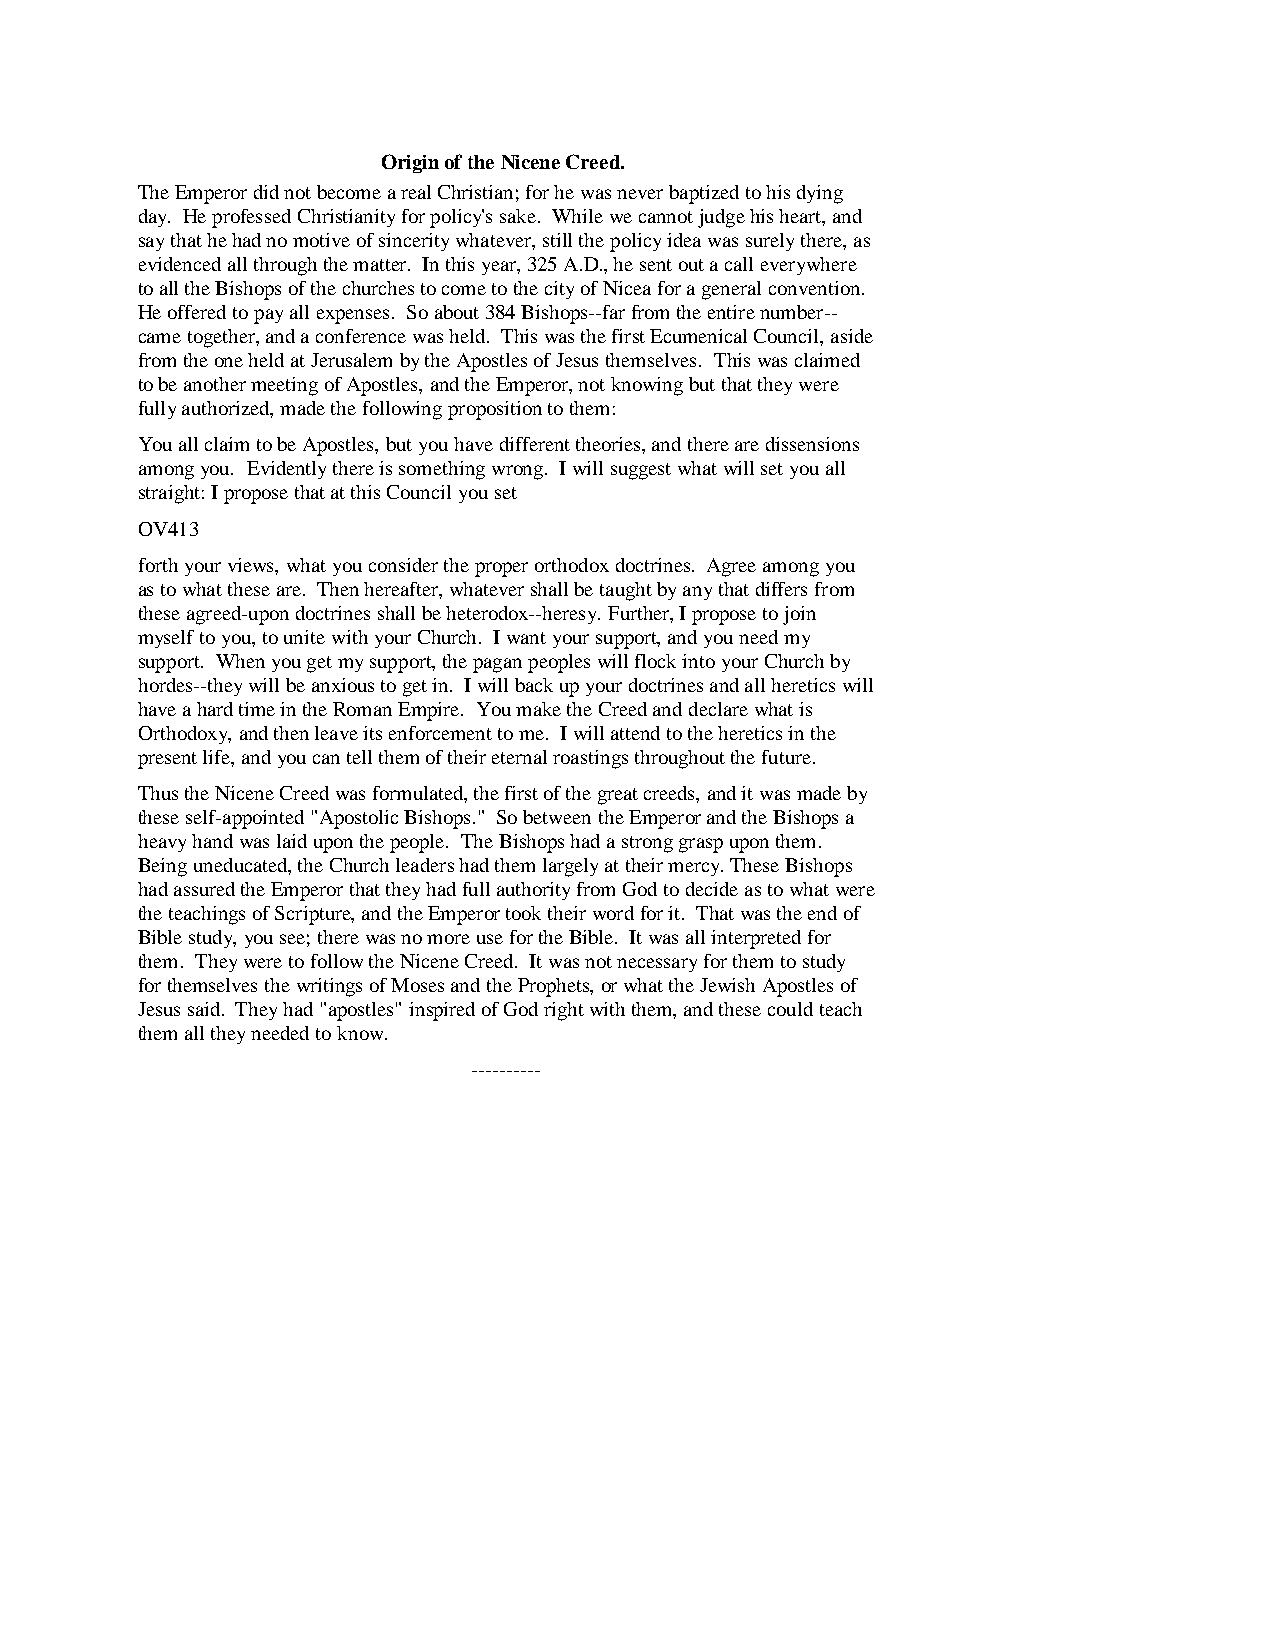
Origin of the Nicene Creed.
 The Emperor did not become a real Christian; for he was never baptized to his dying
 day. He professed Christianity for policy's sake. While we cannot judge his heart, and
 say that he had no motive of sincerity whatever, still the policy idea was surely there, as
 evidenced all through the matter. In this year, 325 A.D., he sent out a call everywhere
 to all the Bishops of the churches to come to the city of Nicea for a general convention.
 He offered to pay all expenses. So about 384 Bishops--far from the entire number--
 came together, and a conference was held. This was the first Ecumenical Council, aside
 from the one held at Jerusalem by the Apostles of Jesus themselves. This was claimed
 to be another meeting of Apostles, and the Emperor, not knowing but that they were
 fully authorized, made the following proposition to them:
 You all claim to be Apostles, but you have different theories, and there are dissensions
 among you. Evidently there is something wrong. I will suggest what will set you all
 straight: I propose that at this Council you set
 OV413
 forth your views, what you consider the proper orthodox doctrines. Agree among you
 as to what these are. Then hereafter, whatever shall be taught by any that differs from
 these agreed-upon doctrines shall be heterodox--heresy. Further, I propose to join
 myself to you, to unite with your Church. I want your support, and you need my
 support. When you get my support, the pagan peoples will flock into your Church by
 hordes--they will be anxious to get in. I will back up your doctrines and all heretics will
 have a hard time in the Roman Empire. You make the Creed and declare what is
 Orthodoxy, and then leave its enforcement to me. I will attend to the heretics in the
 present life, and you can tell them of their eternal roastings throughout the future.
 Thus the Nicene Creed was formulated, the first of the great creeds, and it was made by
 these self-appointed "Apostolic Bishops." So between the Emperor and the Bishops a
 heavy hand was laid upon the people. The Bishops had a strong grasp upon them.
 Being uneducated, the Church leaders had them largely at their mercy. These Bishops
 had assured the Emperor that they had full authority from God to decide as to what were
 the teachings of Scripture, and the Emperor took their word for it. That was the end of
 Bible study, you see; there was no more use for the Bible. It was all interpreted for
 them. They were to follow the Nicene Creed. It was not necessary for them to study
 for themselves the writings of Moses and the Prophets, or what the Jewish Apostles of
 Jesus said. They had "apostles" inspired of God right with them, and these could teach
 them all they needed to know.
 ----------